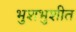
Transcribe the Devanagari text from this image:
भुशभुशीत